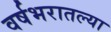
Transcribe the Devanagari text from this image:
वर्षभरातल्या